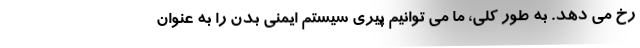
رخ می دهد. به طور کلی، ما می توانیم پیری سیستم ایمنی بدن را به عنوان